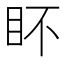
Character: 𭾟